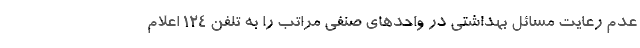
عدم رعایت مسائل بهداشتی در واحدهای صنفی مراتب را به تلفن 124 اعلام